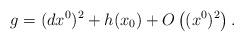
LaTeX: \begin{align*} g = (dx^0)^2 + h(x_0) + O \left( (x^0)^2 \right).\end{align*}